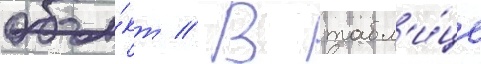
объе́кт // В табл'и́це